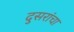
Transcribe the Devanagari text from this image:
दुसरांचा